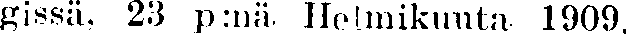
gissä, 23 p:nä. Helmikuuta 1909.